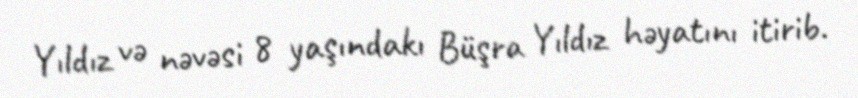
Yıldız və nəvəsi 8 yaşındakı Büşra Yıldız həyatını itirib.